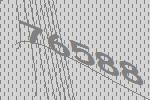
76588